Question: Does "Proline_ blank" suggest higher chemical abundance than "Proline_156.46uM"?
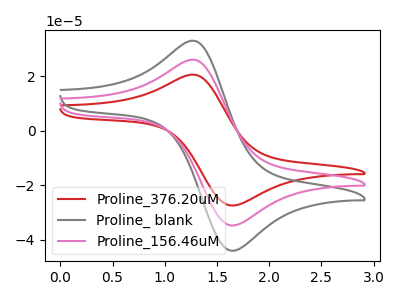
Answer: <think>The red curve "Proline_376.20uM" has an anodic peak at (1.30V, 51.80uA) and a cathodic peak at (1.65V, -69.40uA). The gray curve "Proline_ blank" has an anodic peak at (1.30V, 32.80uA) and a cathodic peak at (1.65V, -43.95uA). The pink curve "Proline_156.46uM" has an anodic peak at (1.30V, 25.90uA) and a cathodic peak at (1.65V, -34.70uA).
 All the peaks in "Proline_ blank" have a peak in "Proline_156.46uM" at the same potential. Every peak in "Proline_ blank" is higher than every peak in "Proline_156.46uM".</think>
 <answer>"Proline_ blank" has more signal than "Proline_156.46uM".</answer>
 <eval>more_signal</eval>